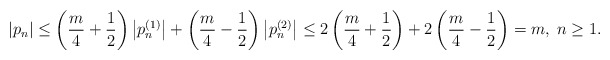
\begin{align*}\left|p_n\right|\leq\left(\frac{m}{4}+\frac{1}{2}\right)\left|p_n^{(1)}\right|+\left(\frac{m}{4}-\frac{1}{2}\right)\left|p_n^{(2)}\right|\leq2\left(\frac{m}{4}+\frac{1}{2}\right)+2\left(\frac{m}{4}-\frac{1}{2}\right)=m,\;n\geq1.\end{align*}